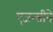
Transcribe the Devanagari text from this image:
एजन्सीने